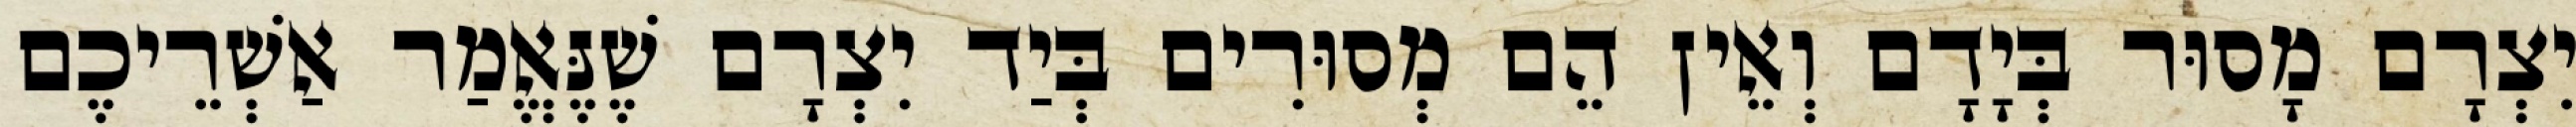
יִצְרָם מָסוּר בְּיָדָם וְאֵין הֵם מְסוּרִים בְּיַד יִצְרָם שֶׁנֶּאֱמַר אַשְׁרֵיכֶם